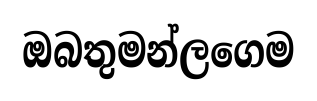
ඔබතුමන්ලගෙම